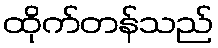
ထိုက်တန်သည်